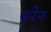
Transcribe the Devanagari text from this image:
परेन